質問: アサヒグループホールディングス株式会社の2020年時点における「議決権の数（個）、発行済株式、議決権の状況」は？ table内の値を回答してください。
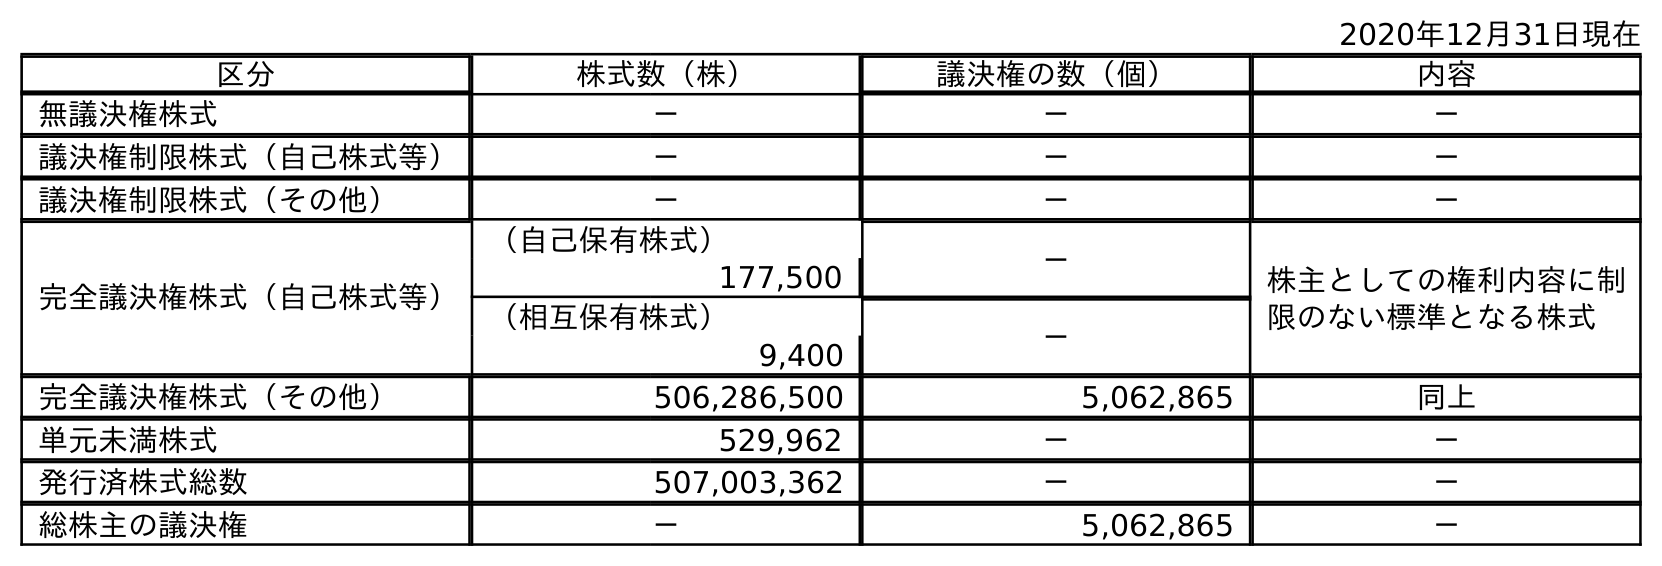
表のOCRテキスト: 2020年12月31日現在 区分 株式数（株） 議決権の数（個） 内容 無議決権株式 － － － 議決権制限株式（自己株式等） － － － 議決権制限株式（その他） － － － 完全議決権株式（自己株式等） （自己保有株式） － 株主としての権利内容に制 限のない標準となる株式 177,500 （相互保有株式） － 9,400 完全議決権株式（その他） 506,286,500 5,062,865 同上 単元未満株式 529,962 － － 発行済株式総数 507,003,362 － － 総株主の議決権 － 5,062,865 －
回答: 5,062,865